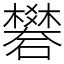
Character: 礬